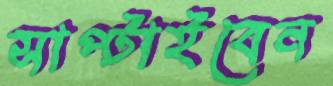
সাপ্‌টাইবেন